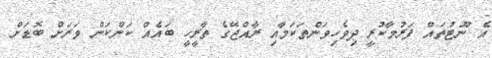
އެ ނޫޓުތައް ފަރުމާކުރީ ދިވެހިވަންތަކަމާއި ރާއްޖޭގެ ތާރީހީ ބައެއް ކަންކަން ވަރަށް ބޮޑަށް